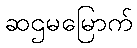
ဆဌမမြောက်